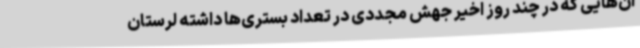
ان‌هایی که در چند روز اخیر جهش مجددی در تعداد بستری‌ها داشته لرستان